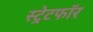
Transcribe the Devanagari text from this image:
स्ट्रेटफॉर